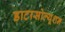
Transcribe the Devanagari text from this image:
डाटासोल्यूशन